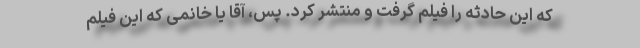
که این حادثه را فیلم گرفت و منتشر کرد. پس، آقا یا خانمی که این فیلم